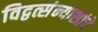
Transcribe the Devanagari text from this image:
विद्वत्संन्याशांचे